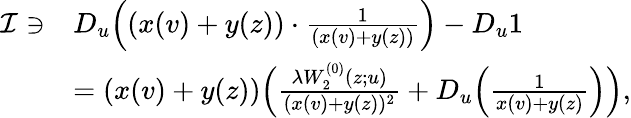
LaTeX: \begin{array}{rl}{\mathcal{I}\ni}&{D_{u}\Big((x(v)+y(z))\cdot\frac{1}{(x(v)+y(z))}\Big)-D_{u}1}\\ &{=(x(v)+y(z))\Big(\frac{\lambda W_{2}^{(0)}(z;u)}{(x(v)+y(z))^{2}}+D_{u}\Big(\frac{1}{x(v)+y(z)}\Big)\Big),}\end{array}